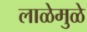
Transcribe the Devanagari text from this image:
लाळेमुळे